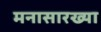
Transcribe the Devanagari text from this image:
मनासारख्या